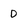
Character: D